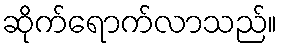
ဆိုက်ရောက်လာသည်။